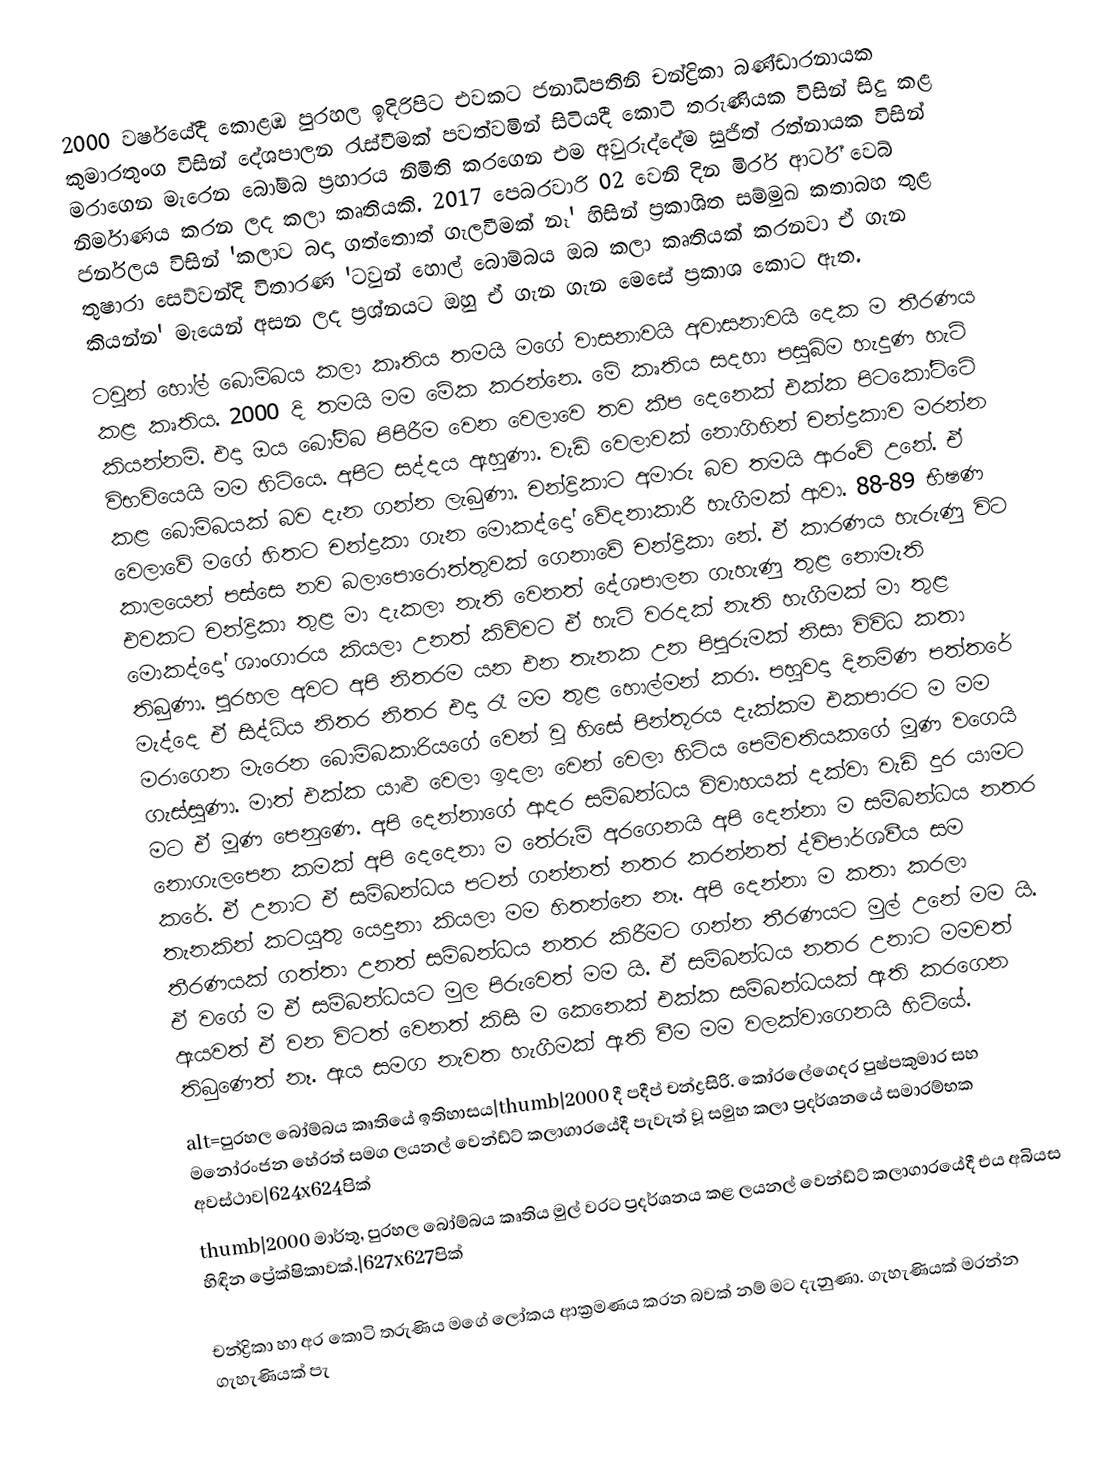
2000 වර්ෂයේදී කොළඹ පුරහල ඉදිරිපිට එවකට ජනාධිපතිනි චන්ද්‍රිකා බණ්ඩාරනායක කුමාරතුංග විසින් දේශපාලන රැස්වීමක් පවත්වමින් සිටියදී කොටි තරුණියක විසින් සිදු කළ මරාගෙන මැරෙන බෝම්බ ප්‍රහාරය නිමිති කරගෙන එම අවුරුද්දේම සුජිත් රත්නායක විසින් නිර්මාණය කරන ලද කලා කෘතියකි.  2017 පෙබරවාරි 02 වෙනි දින මිරර් ආර්ට් වෙබ් ජර්නලය විසින්  'කලාව බදා ගත්තොත් ගැලවීමක් නෑ' හිසින් ප්‍රකාශිත සම්මුඛ කතාබහ තුළ තුෂාරා සෙව්වන්දි විතාරණ  'ටවුන් හොල් බොම්බය ඔබ කලා කෘතියක් කරනවා ඒ ගැන කියන්න' මැයෙන් අසන ලද ප්‍රශ්නයට ඔහු ඒ ගැන  ගැන මෙසේ ප්‍රකාශ කොට ඇත.
 ටවුන් හෝල් බොම්බය කලා කෘතිය තමයි මගේ වාසනාවයි අවාසනාවයි දෙක ම තීරණය කළ කෘතිය. 2000 දි තමයි මම මේක කරන්නෙ.  මේ කෘතිය සදහා පසුබිම හැදුණ හැටි කියන්නම්. එදා ඔය බෝම්බ පිපිරීම වෙන වෙලාවෙ තව කීප දෙනෙක් එක්ක පිටකෝට්ටේ විභවියෙයි මම හිටියෙ. අපිට සද්දය ඇහුණා. වැඩි වෙලාවක් නොගිහින් චන්ද්‍රකාව මරන්න කළ බොම්බයක් බව දැන ගන්න ලැබුණා. චන්ද්‍රිකාට අමාරු බව තමයි ආරංචි උනේ. ඒ වෙලාවේ මගේ හිතට චන්ද්‍රකා ගැන මොකද්දෝ වේදනාකාරී හැගීමක් ආවා. 88-89 භීෂණ කාලයෙන් පස්සෙ නව බලාපොරොත්තුවක් ගෙනාවේ චන්ද්‍රිකා නේ. ඒ කාරණය හැරුණු විට එවකට චන්ද්‍රිකා තුළ මා දැකලා නැති වෙනත් දේශපාලන ගැහැණු තුළ නොමැති මොකද්දෝ ශාංගාරය කියලා උනත් කිව්වට ඒ හැටි වරදක් නැති හැගීමක් මා තුළ තිබුණා. පුරහල අවට අපි නිතරම යන එන තැනක උන පිපුරුමක් නිසා විවිධ කතා මැද්දෙ  ඒ සිද්ධිය නිතර නිතර එදා රෑ මම තුළ හොල්මන් කරා. පහුවදා දිනමිණ පත්තරේ මරාගෙන මැරෙන බොම්බකාරියගේ වෙන් වූ හිසේ පින්තූරය දැක්කම එකපාරට ම මම ගැස්සුණා. මාත් එක්ක යාළු වෙලා ඉදලා වෙන් වෙලා හිටිය පෙම්වතියකගේ මූණ වගෙයි මට ඒ මූණ පෙනුණෙ. අපි දෙන්නාගේ ආදර සම්බන්ධය විවාහයක් දක්වා වැඩි‍ දුර යාමට නොගැලපෙන කමක් අපි දෙදෙනා ම තේරුම් අරගෙනයි අපි දෙන්නා ම සම්බන්ධය නතර කරේ. ඒ උනාට ඒ සම්බන්ධය පටන් ගන්නත් නතර කරන්නත් ද්විපාර්ශවීය සම තැනකින් කටයුතු යෙදුනා කියලා මම හිතන්නෙ නෑ. අපි දෙන්නා ම කතා කරලා තීරණයක් ගත්තා උනත් සම්බන්ධය නතර කිරීමට ගන්න තීරණයට මුල් උනේ මම යි. ඒ වගේ ම ඒ සම්බන්ධයට මුල පිරුවෙත් මම යි. ඒ සම්බන්ධය නතර උනාට මමවත් ඇයවත් ඒ වන විටත් වෙනත් කිසි ම කෙනෙක් එක්ක සම්බන්ධයක් ඇති කරගෙන තිබුණෙත් නෑ.   ඇය සමග නැවත හැගීමක් ඇති වීම මම වලක්වාගෙනයි හිටියේ.
alt=පුරහල බෝම්බය කෘතියේ ඉතිහාසය|thumb|2000 දී පදීප් චන්ද්‍රසිරි. කෝරලේගෙදර පුෂ්පකුමාර සහ මනෝරංජන හේරත් සමග ලයනල් වෙන්ඩ්ට් කලාගාරයේදී පැවැත් වූ සමුහ කලා ප්‍රදර්ශනයේ සමාරම්භක අවස්ථාව|624x624පික්
thumb|2000 මාර්තු, පුරහල බෝම්බය කෘතිය මුල් වරට ප්‍රදර්ශනය කළ ලයනල් වෙන්ඩ්ට් කලාගාරයේදී එය අබියස හිඳින ප්‍රේක්ෂිකාවක්.|627x627පික්

 චන්ද්‍රිකා හා අර කොටි තරුණිය මගේ ලෝකය ආක්‍රමණය කරන බවක් නම් මට දැනුණා. ගැහැණියක් මරන්න ගැහැණියක් පැ